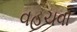
વહચવા